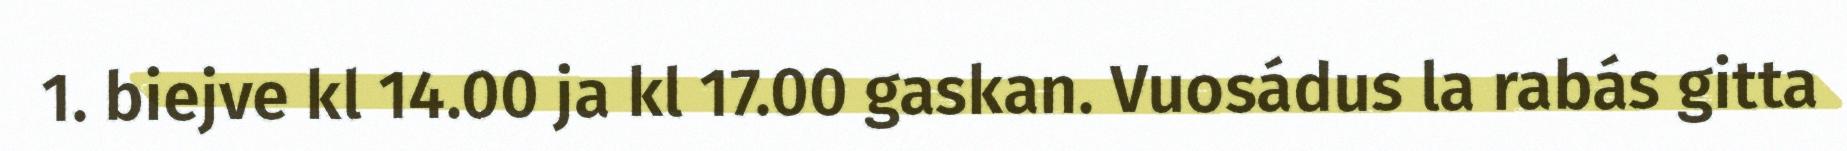
1. biejve kl 14.00 ja kl 17.00 gaskan. Vuosádus la rabás gitta